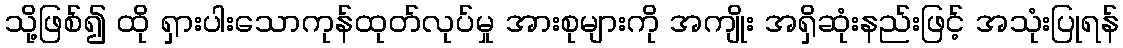
သို့ဖြစ်၍ ထို ရှားပါးသောကုန်ထုတ်လုပ်မှု အားစုများကို အကျိုး အရှိဆုံးနည်းဖြင့် အသုံးပြုရန်